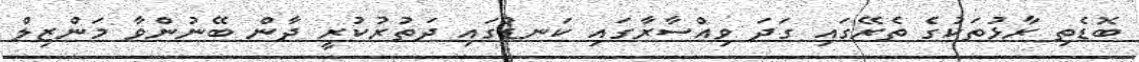
ބޮޑެތި ރާޅުތަކުގެ ތެރޭގައި ގަދަ ވިއްސާރާގައި ކަނޑުގައި ދަތުރުކުރީ ދާން ބޭނުންވާ މަންޒިލް